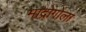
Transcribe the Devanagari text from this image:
मांद्रोगोला